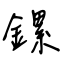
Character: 鏍